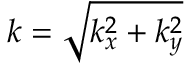
k = \sqrt { k _ { x } ^ { 2 } + k _ { y } ^ { 2 } }